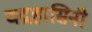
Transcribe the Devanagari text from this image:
चद्रहासिनी